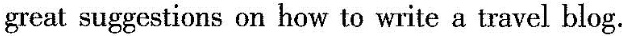
great suggestions on how to write a travel blog.